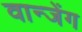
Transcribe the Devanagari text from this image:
वान्जेंग